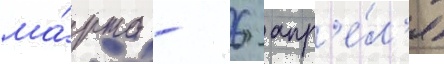
ма́рта - 6 апр'е́л'я